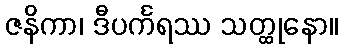
ဇနိကာ၊ ဒီပင်္ကရဿ သတ္ထုနော။